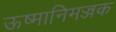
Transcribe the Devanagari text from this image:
ऊष्मानिमज्जक